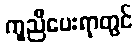
ကူညီပေးရာတွင်